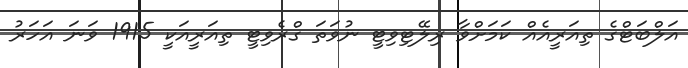
އަލްބަޓްގެ ތިއަރީއެއް ކަމަށްވާ ރިލޭޓިވިޓީ ނުވަތަ ގްރެވިޓީ ތިއަރީއަކީ 1915 ވަނަ އަހަރު